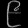
Digit: ၉